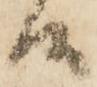
候